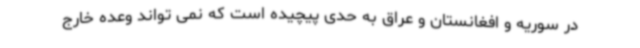
در سوریه و افغانستان و عراق به حدی پیچیده است که نمی تواند وعده خارج